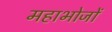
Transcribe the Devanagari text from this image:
महाभोजों